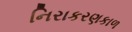
નિરાકરણકાળ